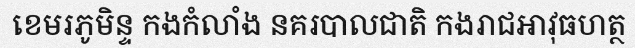
ខេមរភូមិន្ទ កងកំលាំង នគរបាលជាតិ កងរាជអាវុធហត្ថ